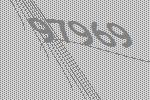
97969